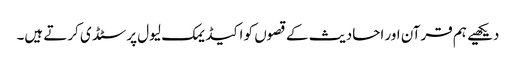
دیکھیے ہم قرآن اور احادیث کے قصوں کو اکیڈیمک لیول پر سٹڈی کرتے ہیں۔